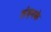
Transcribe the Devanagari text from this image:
लंदनके